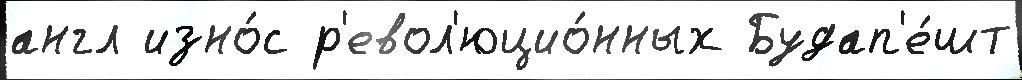
англ изно́с р'евол'юцио́нных Будап'е́шт